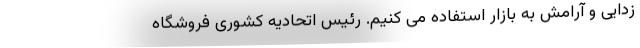
زدایی و آرامش به بازار استفاده می کنیم. رئیس اتحادیه کشوری فروشگاه